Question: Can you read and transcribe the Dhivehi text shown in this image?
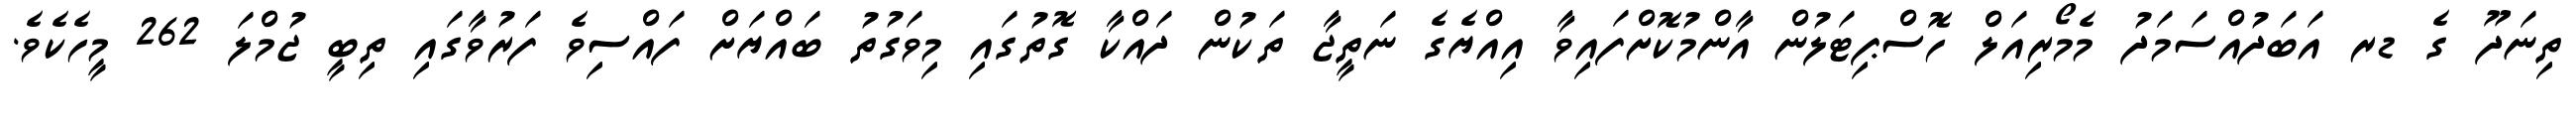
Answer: ތިނަދޫ ގެ ޑރ އަބަދުއްސަމަދު މެމޯރިއަލް ހޮސްޕިޓަލުން އާންމުކޮށްފައިވާ އިއްޔެގެ ނަތީޖާ ތަކުން ދައްކާ ގޮތުގައި މިވަގުތު ބައްޔަށް ފައްސިވެ ފަރުވާގައި ތިބީ ޖުމްލަ 262 މީހެކެވެ.